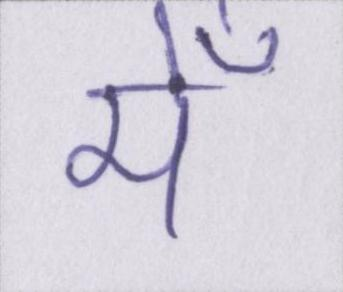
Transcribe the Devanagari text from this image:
मेँ